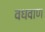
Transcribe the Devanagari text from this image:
वधवाण